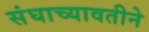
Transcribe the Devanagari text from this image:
संघाच्यावतीने